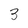
Character: 3